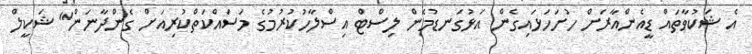
އެ ޝަކުވާތައް ޑީއެންއާރަށް ހުށަހަޅައިގެން އަޅުގަނޑުމެން ލިސްޓް އިސްލާހުކުރުމުގެ މަސައްކަތްކުރިއަށް ގެންދާނަން" ޝަކީލް